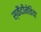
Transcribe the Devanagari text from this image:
स्कैंदीनेविया